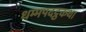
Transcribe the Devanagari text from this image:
धम्मपदट्ठकथा